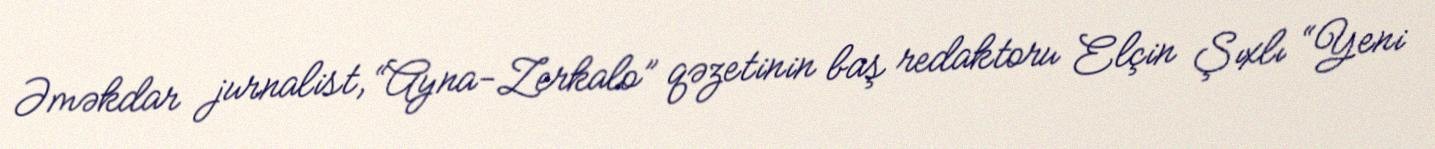
Əməkdar jurnalist, “Ayna-Zerkalo” qəzetinin baş redaktoru Elçin Şıxlı “Yeni